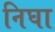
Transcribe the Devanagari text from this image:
निघा